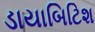
ડાયાબિટિશ